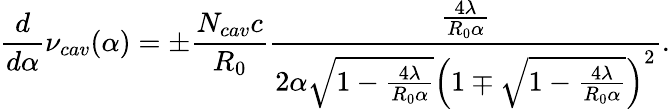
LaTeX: \frac{d}{d\alpha}\nu_{cav}(\alpha)=\pm\frac{N_{cav}c}{R_{0}}\frac{\frac{4\lambda}{R_{0}\alpha}}{2\alpha\sqrt{1-\frac{4\lambda}{R_{0}\alpha}}\left(1\mp\sqrt{1-\frac{4\lambda}{R_{0}\alpha}}\right)^{2}}.